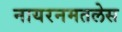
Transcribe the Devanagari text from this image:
नायरनमतलेस